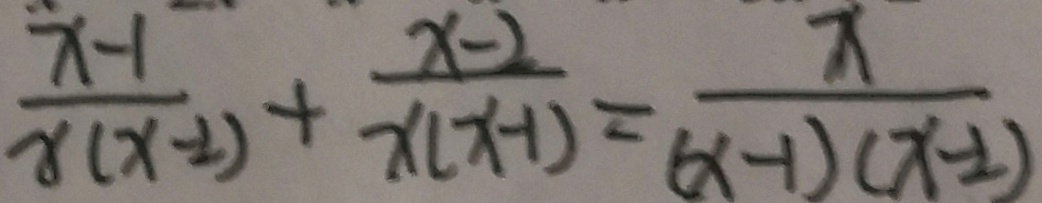
\frac { x - 1 } { x ( x - 2 ) } + \frac { x - 2 } { x ( x - 1 ) } = \frac { x } { ( x - 1 ) ( x - 2 ) }